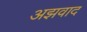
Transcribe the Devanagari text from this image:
अझवाद